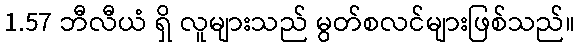
1.57 ဘီလီယံ ရှိ လူများသည် မွတ်စလင်များဖြစ်သည်။